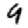
Digit: 9